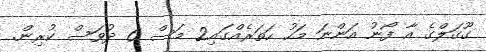
ގޫގަލްގެ އާ ފޯނު އަންނަ މަހު ހަތަރެއްގައި2 މަސް 6 ދުވަސް ކުރިން.